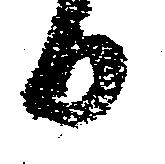
日